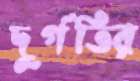
দুর্গতির